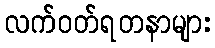
လက်ဝတ်ရတနာများ